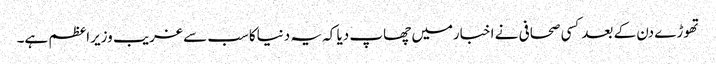
تھوڑے دن کے بعدکسی صحافی نے اخبارمیں چھاپ دیا کہ یہ دنیاکاسب سے غریب وزیراعظم ہے۔